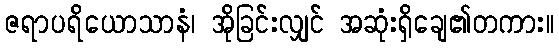
ဇရာပရိယောသာနံ၊ အိုခြင်းလျှင် အဆုံးရှိချေ၏တကား။